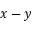
x - y